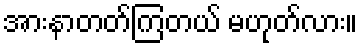
အားနာတတ်ကြတယ် မဟုတ်လား။